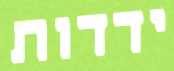
ידדות